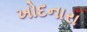
ખોદનારા